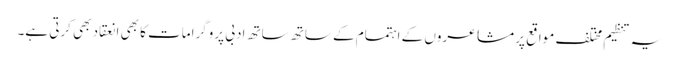
یہ تنظیم مختلف مواقع پر مشاعروں کے اہتمام کے ساتھ ساتھ ادبی پروگرامات کا بھی انعقاد بھی کرتی ہے۔